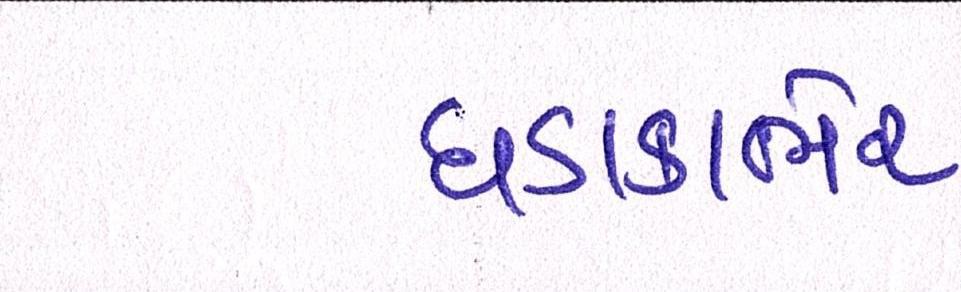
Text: ધડાકાભેર